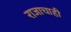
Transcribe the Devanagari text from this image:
राजाचाही